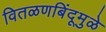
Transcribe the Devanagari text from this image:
वितळणबिंदूमुळे